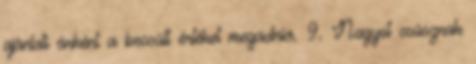
ajánlati árként a becsült értéket megadnia. 9. Nagyot csúsznak